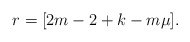
\begin{align*} r = [2m - 2 + k - m\mu].\end{align*}